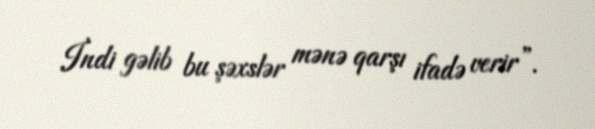
İndi gəlib bu şəxslər mənə qarşı ifadə verir”.